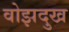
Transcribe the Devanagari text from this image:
वोझदुख